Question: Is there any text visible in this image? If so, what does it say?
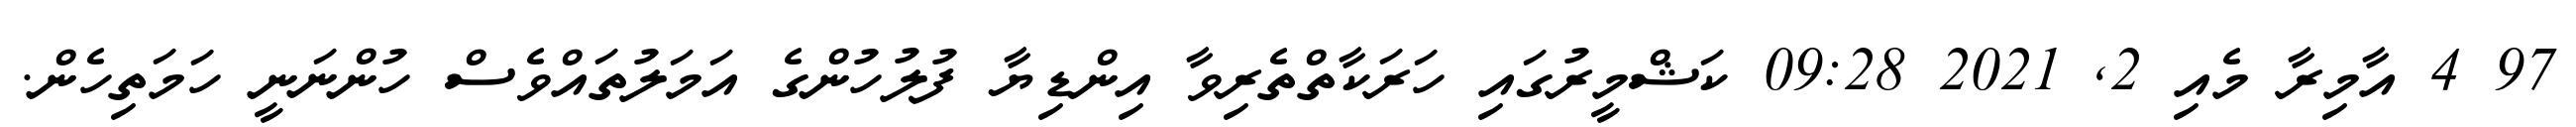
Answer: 97 4 އާމިރާ މެއި 2, 2021 09:28 ކަޝްމީރުގައި ހަރަކާތްތެރިވާ އިންޑިޔާ ފުލުހުންގެ އަމަލުތައްވެސް ހުންނަނީ ހަމަތިހެން.